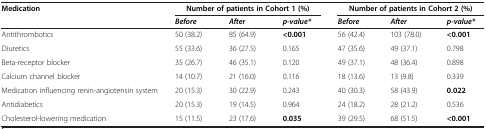
<table><thead><tr><td><b>Medication</b></td><td colspan="3"><b>Number of patients in Cohort 1 (%)</b></td><td colspan="3"><b>Number of patients in Cohort 2 (%)</b></td></tr><tr><td><b> </b></td><td><b><i>Before</i></b></td><td><b><i>After</i></b></td><td><b><i>p-value*</i></b></td><td><b><i>Before</i></b></td><td><b><i>After</i></b></td><td><b><i>p-value*</i></b></td></tr></thead><tbody><tr><td>Antithrombotics</td><td>50 (38.2)</td><td>85 (64.9)</td><td><b>&lt;0.001</b></td><td>56 (42.4)</td><td>103 (78.0)</td><td><b>&lt;0.001</b></td></tr><tr><td>Diuretics</td><td>55 (33.6)</td><td>36 (27.5)</td><td>0.165</td><td>47 (35.6)</td><td>49 (37.1)</td><td>0.798</td></tr><tr><td>Beta-receptor blocker</td><td>35 (26.7)</td><td>46 (35.1)</td><td>0.120</td><td>49 (37.1)</td><td>48 (36.4)</td><td>0.898</td></tr><tr><td>Calcium channel blocker</td><td>14 (10.7)</td><td>21 (16.0)</td><td>0.116</td><td>18 (13.6)</td><td>13 (9.8)</td><td>0.339</td></tr><tr><td>Medication influencing renin-angiotensin system</td><td>20 (15.3)</td><td>30 (22.9)</td><td>0.243</td><td>40 (30.3)</td><td>58 (43.9)</td><td><b>0.022</b></td></tr><tr><td>Antidiabetics</td><td>20 (15.3)</td><td>19 (14.5)</td><td>0.964</td><td>24 (18.2)</td><td>28 (21.2)</td><td>0.536</td></tr><tr><td>Cholesterol-lowering medication</td><td>15 (11.5)</td><td>23 (17.6)</td><td><b>0.035</b></td><td>39 (29.5)</td><td>68 (51.5)</td><td><b>&lt;0.001</b></td></tr></tbody></table>